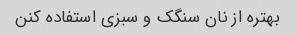
بهتره از نان سنگک و سبزی استفاده کنن